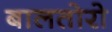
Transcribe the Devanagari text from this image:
बालतोरो